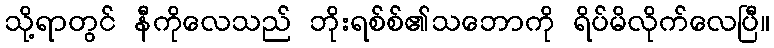
သို့ရာတွင် နီကိုလေသည် ဘိုးရစ်စ်၏သဘောကို ရိပ်မိလိုက်လေပြီ။